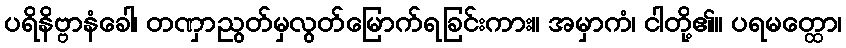
ပရိနိဗ္ဗာနံခေါ၊ တဏှာညွတ်မှလွတ်မြောက်ရခြင်းကား။ အမှာကံ၊ ငါတို့၏။ ပရမတ္ထော၊